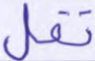
تقل